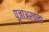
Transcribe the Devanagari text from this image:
पूजाअर्चना